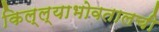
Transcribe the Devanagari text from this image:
किल्ल्याभोवतालची